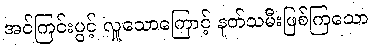
အင်ကြင်းပွင့် လှူသောကြောင့် နတ်သမီးဖြစ်ကြသော